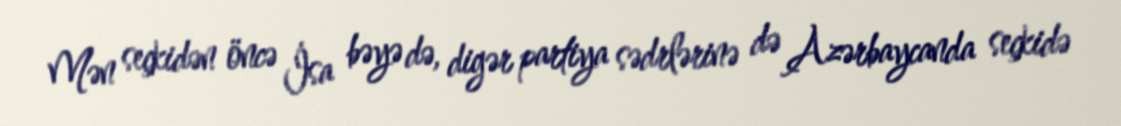
Mən seçkidən öncə İsa bəyə də, digər partiya sədrlərinə də Azərbaycanda seçkidə